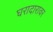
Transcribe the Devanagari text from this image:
घरादारावर